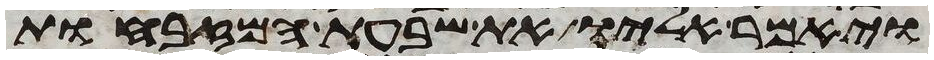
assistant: ויאמר אליו את שבעת המזבחות